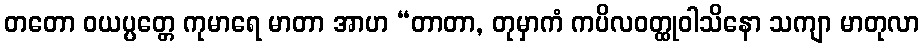
တတော ဝယပ္ပတ္တေ ကုမာရေ မာတာ အာဟ “တာတာ, တုမှာကံ ကပိလဝတ္ထုဝါသိနော သကျာ မာတုလာ